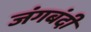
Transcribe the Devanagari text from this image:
जंगबंदी